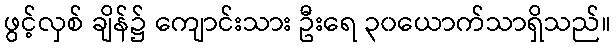
ဖွင့်လှစ် ချိန်၌ ကျောင်းသား ဦးရေ ၃၀ယောက်သာရှိသည်။